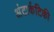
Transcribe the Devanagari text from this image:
अंटार्कटिकी